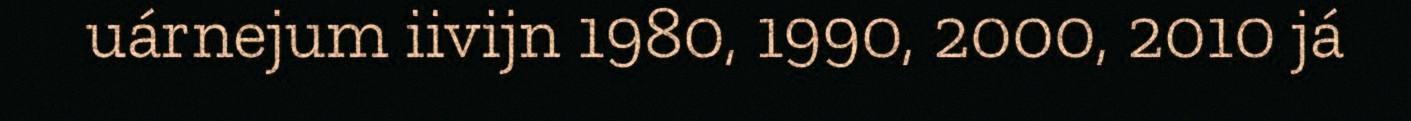
uárnejum iivijn 1980, 1990, 2000, 2010 já